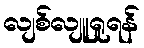
လျစ်လျူရှုရန်